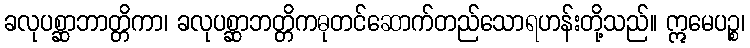
ခလုပစ္ဆာဘာတ္တိကာ၊ ခလုပစ္ဆာဘတ္တိကဓုတင်ဆောက်တည်သောရဟန်းတို့သည်။ ဣမေပဉ္စ၊